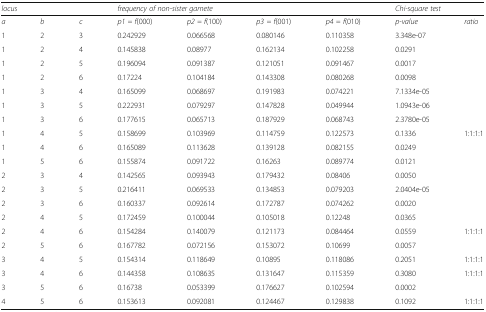
<table><thead><tr><td colspan="3"><b><i>locus</i></b></td><td colspan="4"><b><i>frequency of non-sister gamete</i></b></td><td colspan="2"><b><i>Chi-square test</i></b></td></tr></thead><tbody><tr><td><i>a</i></td><td><i>b</i></td><td><i>c</i></td><td><i>p1 = f</i>(000)</td><td><i>p2 = f</i>(100)</td><td><i>p3 = f</i>(001)</td><td><i>p4 = f</i>(010)</td><td><i>p-value</i></td><td><i>ratio</i></td></tr><tr><td>1</td><td>2</td><td>3</td><td>0.242929</td><td>0.066568</td><td>0.080146</td><td>0.110358</td><td>3.348e-07</td><td></td></tr><tr><td>1</td><td>2</td><td>4</td><td>0.145838</td><td>0.08977</td><td>0.162134</td><td>0.102258</td><td>0.0291</td><td></td></tr><tr><td>1</td><td>2</td><td>5</td><td>0.196094</td><td>0.091387</td><td>0.121051</td><td>0.091467</td><td>0.0017</td><td></td></tr><tr><td>1</td><td>2</td><td>6</td><td>0.17224</td><td>0.104184</td><td>0.143308</td><td>0.080268</td><td>0.0098</td><td></td></tr><tr><td>1</td><td>3</td><td>4</td><td>0.165099</td><td>0.068697</td><td>0.191983</td><td>0.074221</td><td>7.1334e-05</td><td></td></tr><tr><td>1</td><td>3</td><td>5</td><td>0.222931</td><td>0.079297</td><td>0.147828</td><td>0.049944</td><td>1.0943e-06</td><td></td></tr><tr><td>1</td><td>3</td><td>6</td><td>0.177615</td><td>0.065713</td><td>0.187929</td><td>0.068743</td><td>2.3780e-05</td><td></td></tr><tr><td>1</td><td>4</td><td>5</td><td>0.158699</td><td>0.103969</td><td>0.114759</td><td>0.122573</td><td>0.1336</td><td>1:1:1:1</td></tr><tr><td>1</td><td>4</td><td>6</td><td>0.165089</td><td>0.113628</td><td>0.139128</td><td>0.082155</td><td>0.0249</td><td></td></tr><tr><td>1</td><td>5</td><td>6</td><td>0.155874</td><td>0.091722</td><td>0.16263</td><td>0.089774</td><td>0.0121</td><td></td></tr><tr><td>2</td><td>3</td><td>4</td><td>0.142565</td><td>0.093943</td><td>0.179432</td><td>0.08406</td><td>0.0050</td><td></td></tr><tr><td>2</td><td>3</td><td>5</td><td>0.216411</td><td>0.069533</td><td>0.134853</td><td>0.079203</td><td>2.0404e-05</td><td></td></tr><tr><td>2</td><td>3</td><td>6</td><td>0.160337</td><td>0.092614</td><td>0.172787</td><td>0.074262</td><td>0.0020</td><td></td></tr><tr><td>2</td><td>4</td><td>5</td><td>0.172459</td><td>0.100044</td><td>0.105018</td><td>0.12248</td><td>0.0365</td><td></td></tr><tr><td>2</td><td>4</td><td>6</td><td>0.154284</td><td>0.140079</td><td>0.121173</td><td>0.084464</td><td>0.0559</td><td>1:1:1:1</td></tr><tr><td>2</td><td>5</td><td>6</td><td>0.167782</td><td>0.072156</td><td>0.153072</td><td>0.10699</td><td>0.0057</td><td></td></tr><tr><td>3</td><td>4</td><td>5</td><td>0.154314</td><td>0.118649</td><td>0.10895</td><td>0.118086</td><td>0.2051</td><td>1:1:1:1</td></tr><tr><td>3</td><td>4</td><td>6</td><td>0.144358</td><td>0.108635</td><td>0.131647</td><td>0.115359</td><td>0.3080</td><td>1:1:1:1</td></tr><tr><td>3</td><td>5</td><td>6</td><td>0.16738</td><td>0.053399</td><td>0.176627</td><td>0.102594</td><td>0.0002</td><td></td></tr><tr><td>4</td><td>5</td><td>6</td><td>0.153613</td><td>0.092081</td><td>0.124467</td><td>0.129838</td><td>0.1092</td><td>1:1:1:1</td></tr></tbody></table>